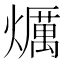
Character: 爄